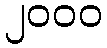
၂၀၀၀